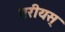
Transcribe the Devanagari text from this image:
गरीयस्‌